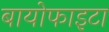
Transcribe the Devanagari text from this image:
बायोफाइटा